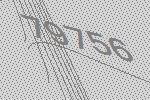
79756